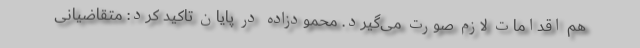
هم اقدامات لازم صورت می‌گیرد. محمودزاده در پایان تاکید کرد: متقاضیانی